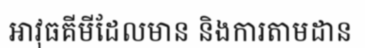
អាវុធគីមីដែលមាន និងការតាមដាន